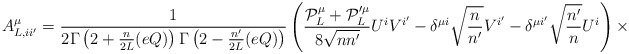
\begin{align*}A^{\mu}_{L,ii'}= \frac{1}{2\Gamma\left(2+\frac{n}{2L}(eQ)\right) \Gamma\left(2-\frac{n'}{2L}(eQ)\right)} \left(\frac{{\cal P}_{L}^{\mu} + {\cal P}_{L}'^{\mu}}{8\sqrt{nn'}}U^{i}V^{i'} -\delta^{\mu i}\sqrt{\frac{n}{n'}}V^{i'} -\delta^{\mu i'}\sqrt{\frac{n'}{n}}U^{i}\right) \times\end{align*}